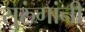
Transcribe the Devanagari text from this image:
सुरुंगांनी